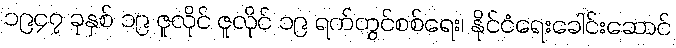
၁၉၄၇ ခုနှစ် ၁၉ ဇူလိုင် ဇူလိုင် ၁၉ ရက်တွင်စစ်ရေး၊ နိုင်ငံရေးခေါင်းဆောင်